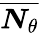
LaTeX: \overline{{\boldsymbol{N}_{\theta}}}